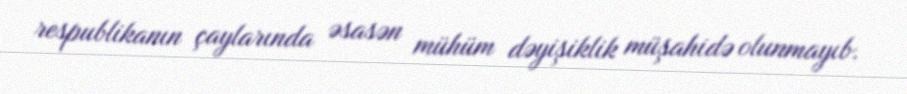
respublikanın çaylarında əsasən mühüm dəyişiklik müşahidə olunmayıb.